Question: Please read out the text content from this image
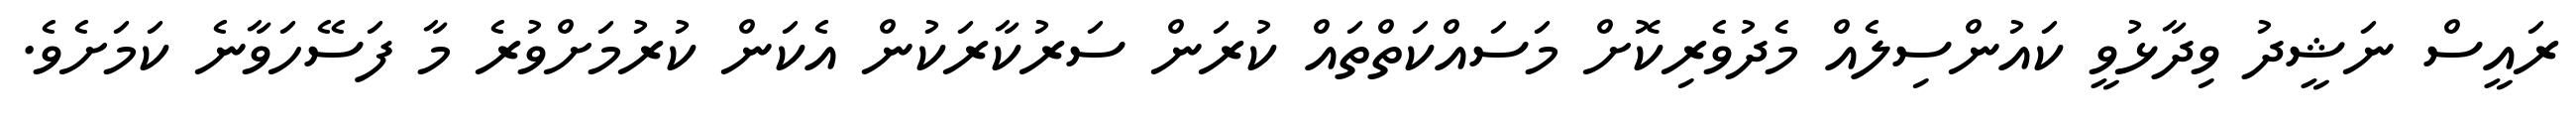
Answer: ރައީސް ނަޝީދު ވިދާޅުވީ ކައުންސިލެއް މެދުވެރިކޮށް މަސައްކަތްތައް ކުރަން ސަރުކާރަކުން އެކަން ކުރުމަށްވުރެ މާ ފަސޭހަވާނެ ކަމަށެވެ.